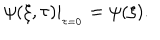
\psi ( \xi , \tau ) | _ { _ { \tau = 0 } } = \psi ( \xi ) .